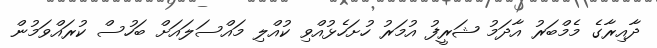
ދާއިރާގެ މެމްބަރު އާދަމު ޝަރީފު އުމަރު ހުށަހެޅުއްވި ކުއްލި މައްސަލައަށް ބަހުސް ކުރައްވަމުން